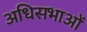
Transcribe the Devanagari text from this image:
अधिसभाओं